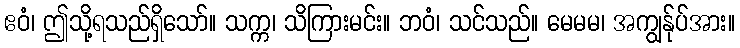
ဧဝံ၊ ဤသို့ရသည်ရှိသော်။ သက္က၊ သိကြားမင်း။ ဘဝံ၊ သင်သည်။ မေမမ၊ အကျွန်ုပ်အား။